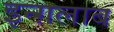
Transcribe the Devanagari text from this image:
इन्ग़लाब